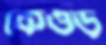
কেওড়